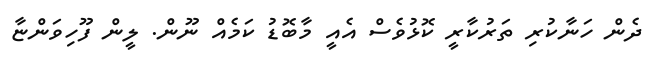
ދެން ހަނާކުރި ތަރުކާރީ ކޮޅުވެސް އެއީ މާބޮޑު ކަމެއް ނޫން. ލީން ފޫހިވަންޏާ